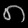
Digit: ၈